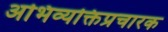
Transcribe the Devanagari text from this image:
अभिव्यक्तिप्रचारक